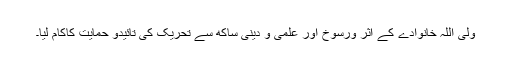
ولی اللہ خانوادے کے اثر ورسوخ اور علمی و دینی ساکھ سے تحریک کی تائیدو حمایت کاکام لیا۔